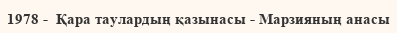
1978 -  Қара таулардың қазынасы - Марзияның анасы